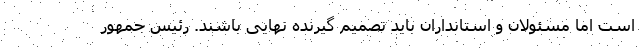
است اما مسئولان و استانداران باید تصمیم گیرنده نهایی باشند. رئیس جمهور